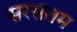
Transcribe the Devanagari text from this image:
सरसतम